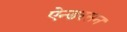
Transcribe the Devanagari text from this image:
ऐन्डरसन